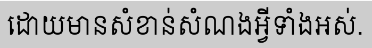
ដោយមានសំខាន់សំណងអ្វីទាំងអស់.